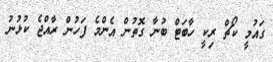
ގައުމީ ކޯޗް ރިކީ ހާބަޓް ބުނާ ގޮތުން އެންމެ ފަހުން ރާއްޖެ ކުޅުނު